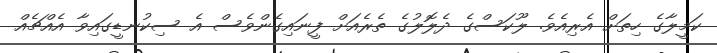
ކަމީލާގެ ހިތަށް އެރިއެވެ. ލޫކަސްގެ ދެލޮލުގެ ތެރެއަށް ފީނައިގެންވެސް އެ ސިކުނޑީގައިވާ އެއްޗެއް